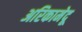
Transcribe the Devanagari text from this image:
अरिकामेदू